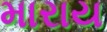
મારાય